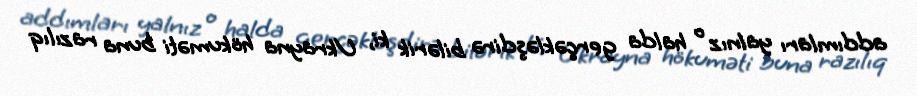
addımları yalnız o halda gerçəkləşdirə bilərik ki, Ukrayna hökuməti buna razılıq